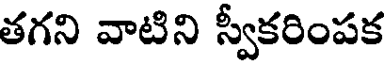
తగని వాటిని స్వీకరింపక